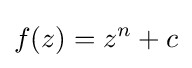
f(z)=z^{n}+c